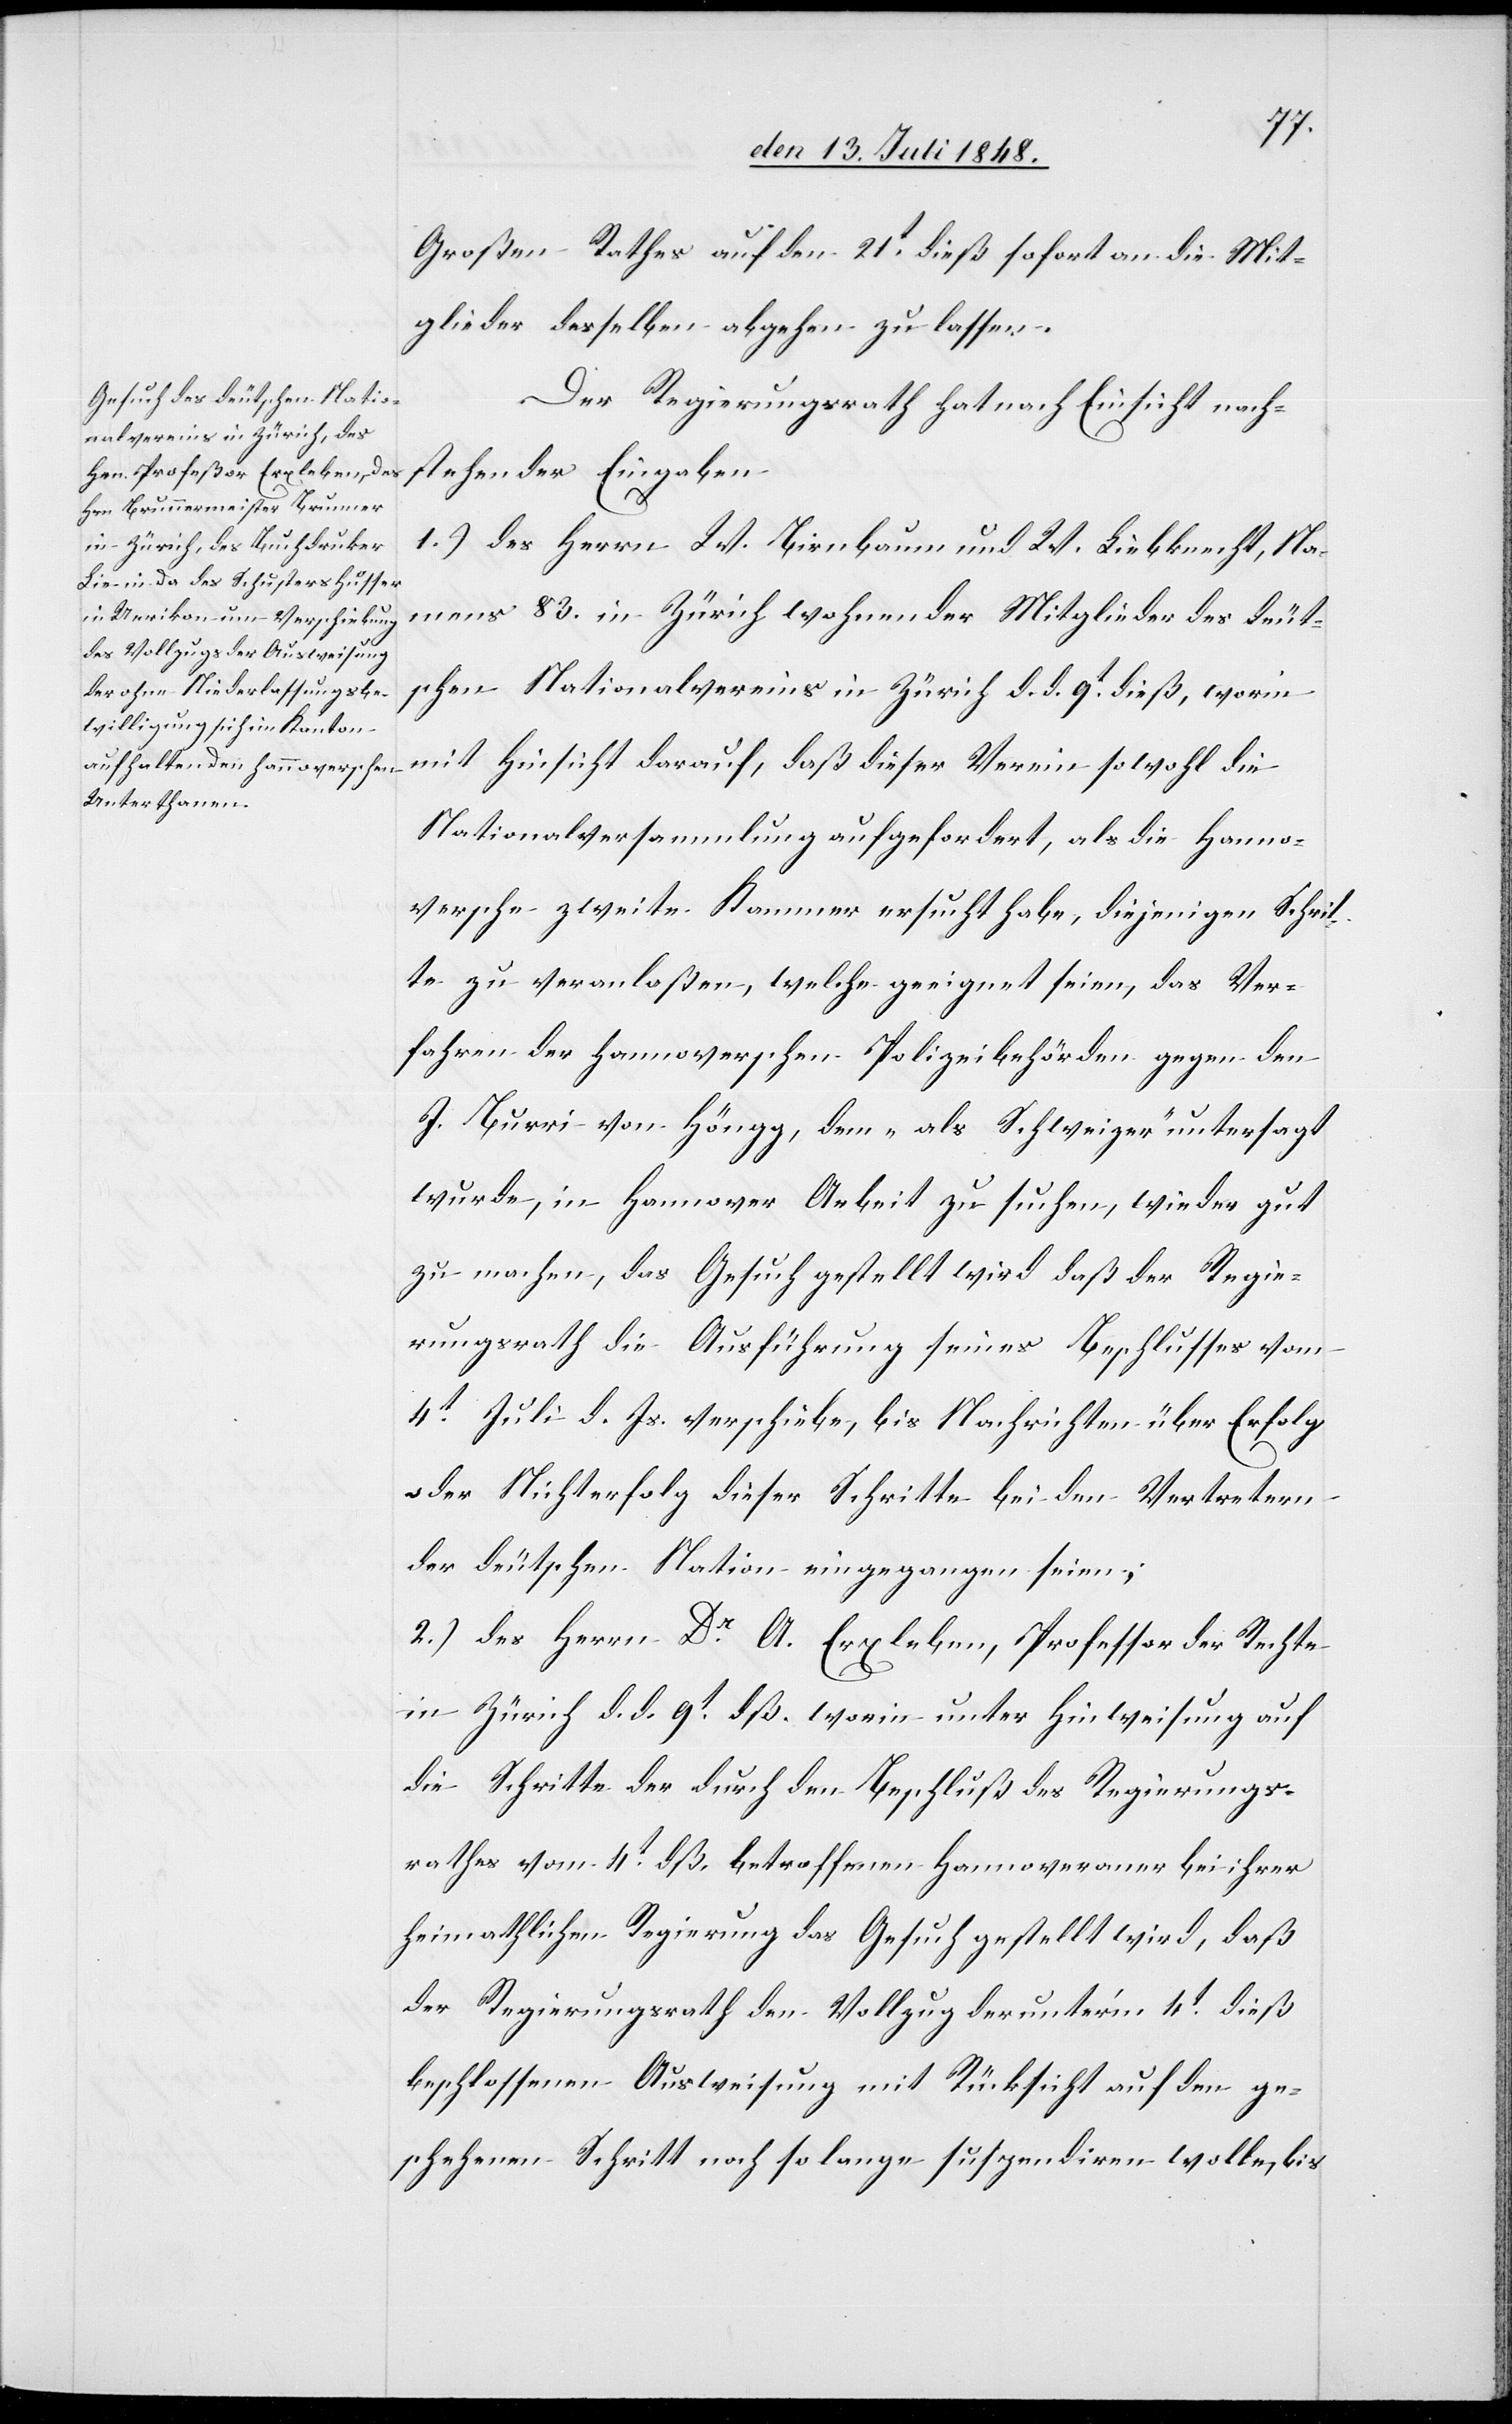
Großen Rathes auf den 21t dieß sofort an die Mit¬
glieder desselben abgehen zu lassen.
Der Regierungsrath hat nach Einsicht nach¬
stehender Eingaben
1.) des Herrn W. Birnbaum und W. Liebknecht, Na¬
mens 83. in Zürich wohnender Mitglieder des deut¬
schen Nationalvereins in Zürich d. d. 9t dieß, worin
mit Hinsicht darauf, daß dieser Verein sowohl die
Nationalversamlmung aufgefordert, als die Hanno¬
versche zweite Kammer ersucht habe, diejenigen Schrit¬
te zu veranlaßen, welche geeignet seien, das Ver¬
fahren der hannoverschen Polizeibehörden gegen den
J. Burri von Höngg, dem „als Schweizer“ untersagt
wurde, in Hannover Arbeit zu suchen, wieder gut
zu machen, das Gesuch gestellt wird daß der Regie¬
rungsrath die Ausführung seines Beschlusses vom
4t Juli d. Js. verschiebe, bis Nachrichten über Erfolg
oder Nichterfolg dieser Schritte bei den Vertretern
der deutschen Nation eingegangen seien;
2.) des Herrn Dr A. Erxleben, Professor der Rechte
in Zürich d. d. 9t dieß worin unter Hinweisung auf
die Schritte der durch den Beschluß des Regierungs¬
rathes vom 4t dieß betroffenen Hannoveranner bei ihrer
heimathlichen Regierung das Gesuch gestellt wird, daß
der Regierungsrath den Vollzug der unter’m 4t dieß
beschlossenen Ausweisung mit Rücksicht auf den ge¬
schehenen Schritt noch so lange suspendiren wolle, bis